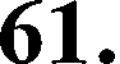
61.